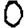
Digit: 0